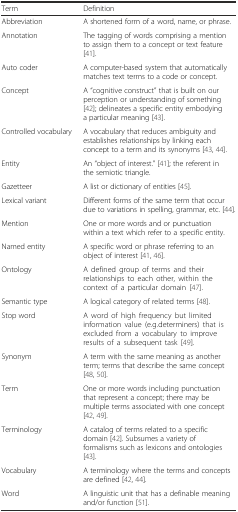
| Term | Definition |
 | --- | --- |
 | Abbreviation | A shortened form of a word, name, or phrase. |
 | Annotation | The tagging of words comprising a mention to assign them to a concept or text feature [41]. |
 | Auto coder | A computer-based system that automatically matches text terms to a code or concept. |
 | Concept | A “cognitive construct” that is built on our perception or understanding of something [42]; delineates a specific entity embodying a particular meaning [43]. |
 | Controlled vocabulary | A vocabulary that reduces ambiguity and establishes relationships by linking each concept to a term and its synonyms [43, 44]. |
 | Entity | An “object of interest.” [41]; the referent in the semiotic triangle. |
 | Gazetteer | A list or dictionary of entities [45]. |
 | Lexical variant | Different forms of the same term that occur due to variations in spelling, grammar, etc. [44]. |
 | Mention | One or more words and or punctuation within a text which refer to a specific entity. |
 | Named entity | A specific word or phrase referring to an object of interest [41, 46]. |
 | Ontology | A defined group of terms and their relationships to each other, within the context of a particular domain [47]. |
 | Semantic type | A logical category of related terms [48]. |
 | Stop word | A word of high frequency but limited information value (e.g.determiners) that is excluded from a vocabulary to improve results of a subsequent task [49]. |
 | Synonym | A term with the same meaning as another term; terms that describe the same concept [48, 50]. |
 | Term | One or more words including punctuation that represent a concept; there may be multiple terms associated with one concept [42, 49]. |
 | Terminology | A catalog of terms related to a specific domain [42]. Subsumes a variety of formalisms such as lexicons and ontologies [43]. |
 | Vocabulary | A terminology where the terms and concepts are defined [42, 44]. |
 | Word | A linguistic unit that has a definable meaning and/or function [51]. |